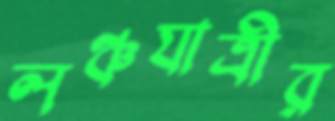
লঞ্চযাত্রীর